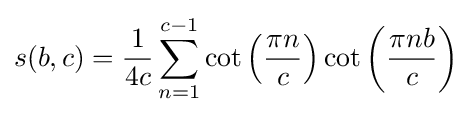
s(b,c)={\frac {1}{4c}}\sum _{n=1}^{c-1}\cot \left({\frac {\pi n}{c}}\right)\cot \left({\frac {\pi nb}{c}}\right)